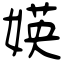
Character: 媖